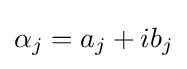
\alpha _{j}=a_{j}+ib_{j}